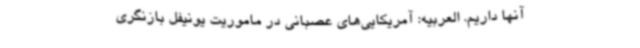
آنها داریم. العربیه: آمریکایی‌های عصبانی در ماموریت یونیفل بازنگری